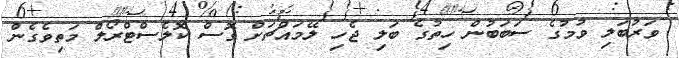
ވަރުބަލި ވުމުގެ ސަބަބުން ހިތުގެ ބަލި ޖެހި ލޭމައްޗަށް ގޮސް ކޮލެސްޓްރޯލް މަތިވެގެން